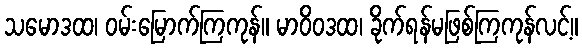
သမောဒထ၊ ဝမ်းမြောက်ကြကုန်။ မာဝိဝဒထ၊ ခိုက်ရန်မဖြစ်ကြကုန်လင့်။